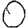
Digit: 0